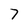
Character: 7